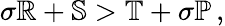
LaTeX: \sigma\mathbb{R}+\mathbb{S}>\mathbb{T}+\sigma\mathbb{P}\, ,